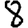
Digit: 8